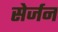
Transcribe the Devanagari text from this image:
सेर्जन